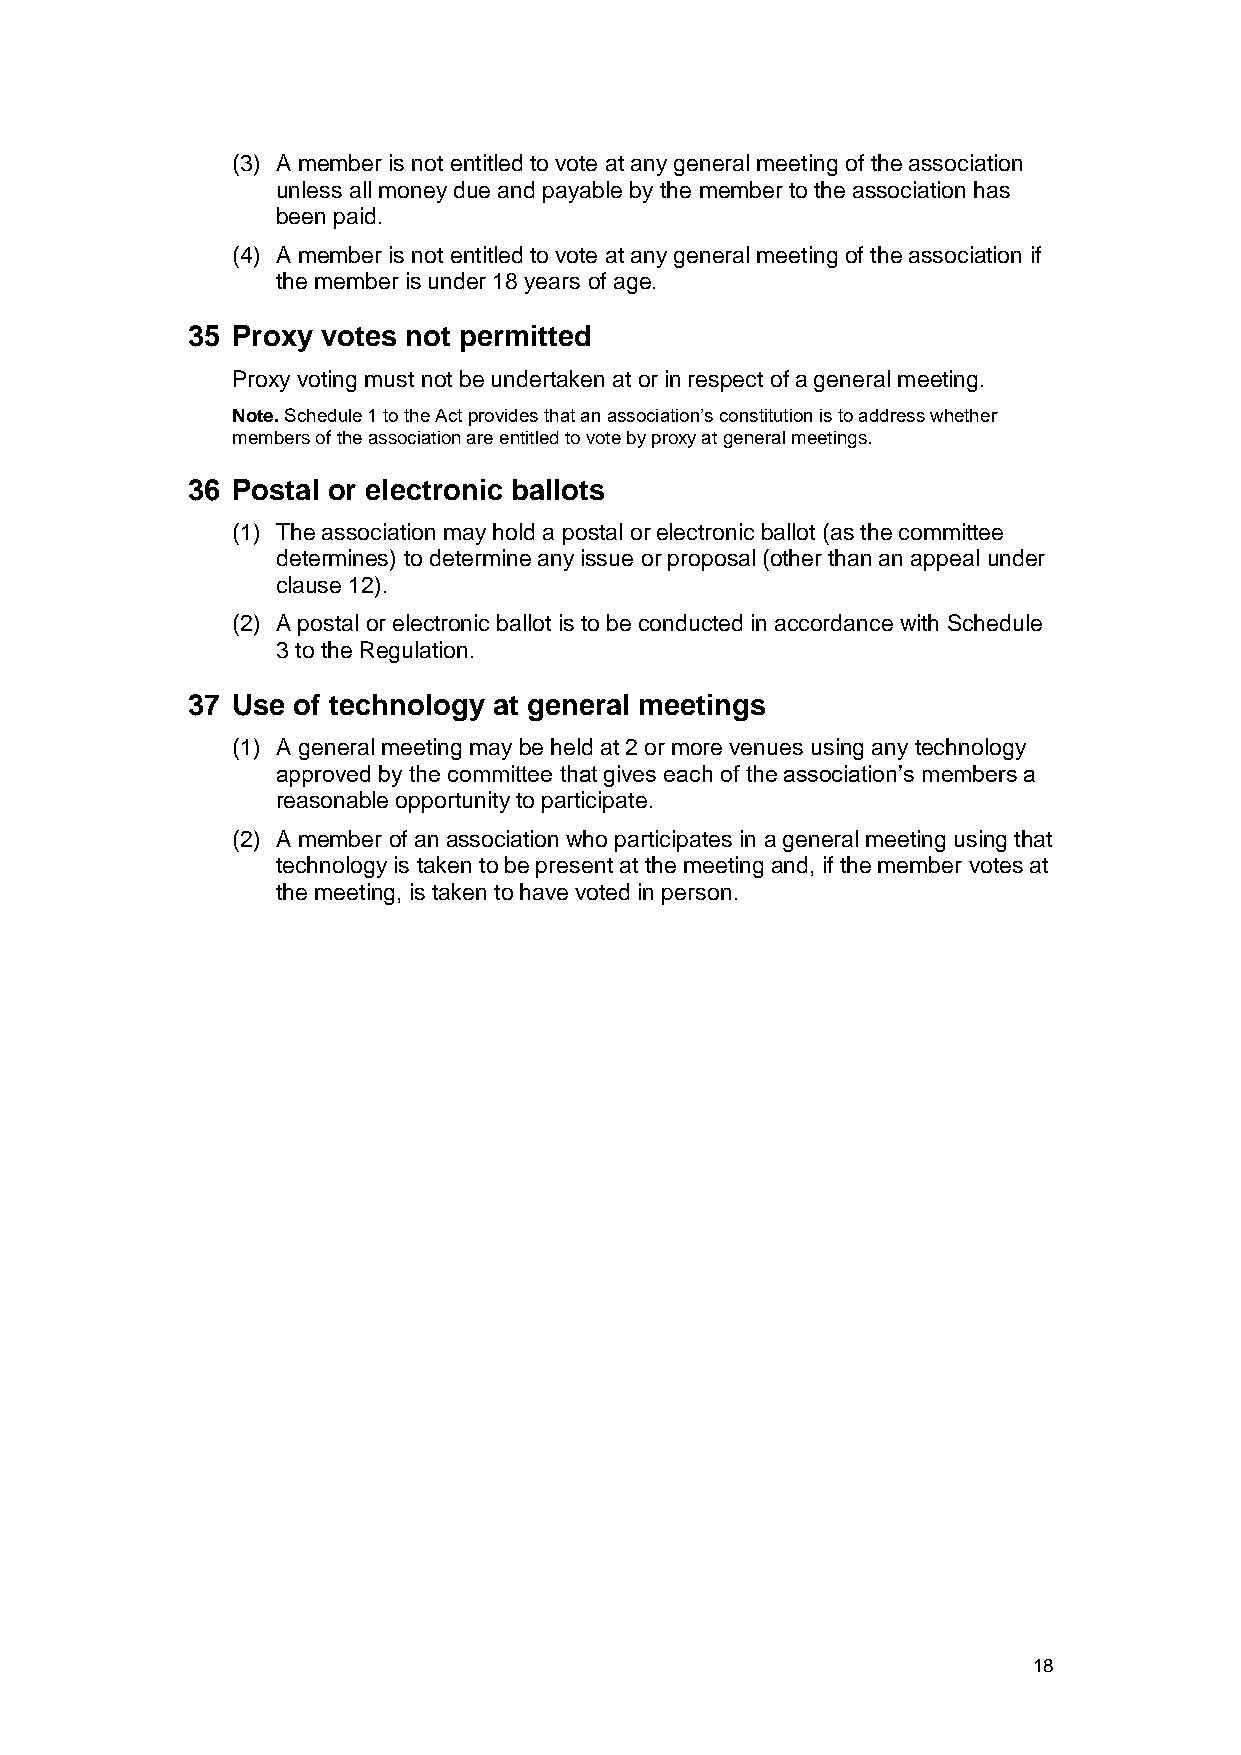
(3) A member is not entitled to vote at any general meeting of the association
 unless all money due and payable by the member to the association has
 been paid.
 (4) A member is not entitled to vote at any general meeting of the association if
 the member is under 18 years of age.
 35 Proxy votes not permitted
 Proxy voting must not be undertaken at or in respect of a general meeting.
 Note. Schedule 1 to the Act provides that an association’s constitution is to address whether
 members of the association are entitled to vote by proxy at general meetings.
 36 Postal or electronic ballots
 (1) The association may hold a postal or electronic ballot (as the committee
 determines) to determine any issue or proposal (other than an appeal under
 clause 12).
 (2) A postal or electronic ballot is to be conducted in accordance with Schedule
 3 to the Regulation.
 37 Use of technology at general meetings
 (1) A general meeting may be held at 2 or more venues using any technology
 approved by the committee that gives each of the association’s members a
 reasonable opportunity to participate.
 (2) A member of an association who participates in a general meeting using that
 technology is taken to be present at the meeting and, if the member votes at
 the meeting, is taken to have voted in person.
 18